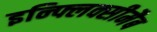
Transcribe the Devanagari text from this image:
इन्फ्लिक्सीमैब